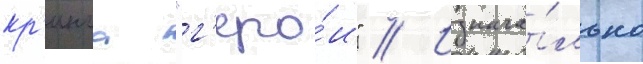
кр'инга "г'еро́и" // Изнача́льно